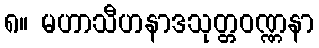
၈။ မဟာသီဟနာဒသုတ္တဝဏ္ဏနာ